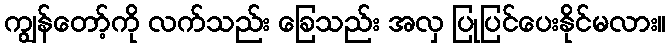
ကျွန်တော့်ကို လက်သည်း ခြေသည်း အလှ ပြုပြင်ပေးနိုင်မလား။